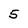
Character: 5